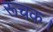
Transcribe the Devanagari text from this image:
रूचक।